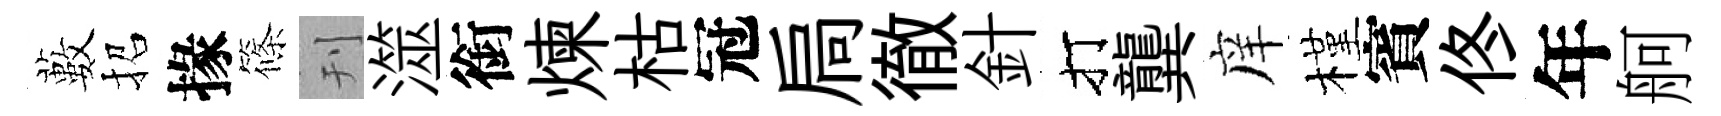
藪招掾篠刊澨銜煉枯冠扃徹針打龔庠槿賓佟年舸